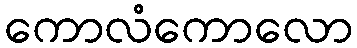
ကောလံကောလော